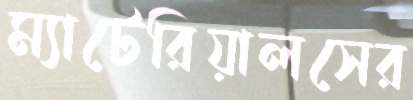
ম্যাটেরিয়ালসের